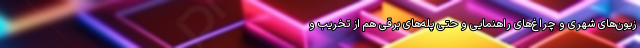
زیون‌های شهری و چراغ‌های راهنمایی و حتی پله‌های برقی هم از تخریب و